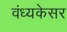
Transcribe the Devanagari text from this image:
वंध्यकेसर